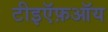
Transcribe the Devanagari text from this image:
टीइऍफ़ऑय